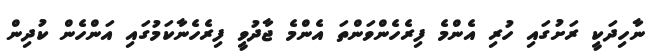
ނާހިދަކީ ރަށުގައި ހުރި އެންމެ ފިރެހެންވަންތަ އެންމެ ޖާދުވީ ފިރެހެނާކަމުގައި އަންހެން ކުދިން